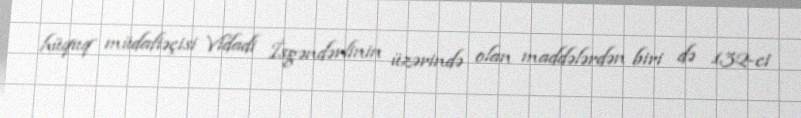
hüquq müdafiəçisi Vidadi İsgəndərlinin üzərində olan maddələrdən biri də 132-ci